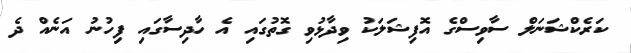
ކަރެކްޝަނަލް ސާވިސްގެ އޮފިޝަލަކު ވިދާޅުވި ގޮތުގައި އެ ހާދިސާގައި ފިހުނު އަނެއް ދެ